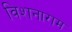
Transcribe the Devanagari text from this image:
विशनाराम